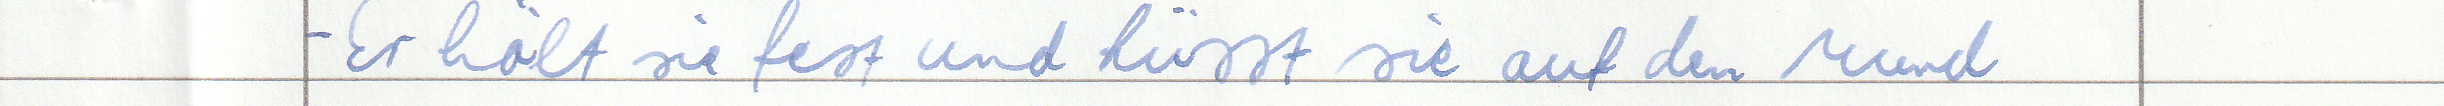
- Er hält sie fest und küsst sie auf den Mund